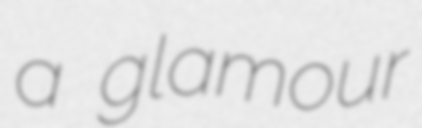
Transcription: a glamour